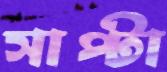
সাপ্টা